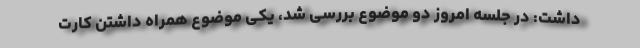
داشت: در جلسه امروز دو موضوع بررسی شد، یکی موضوع همراه داشتن کارت